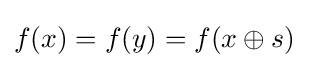
f(x)=f(y)=f(x\oplus s)